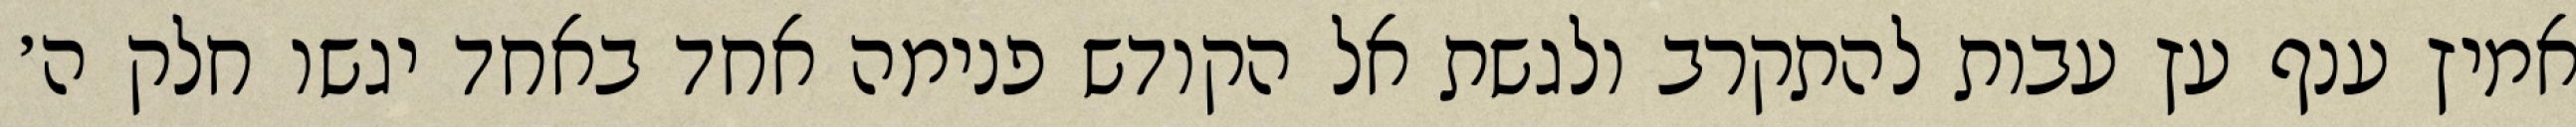
אמיץ ענף עץ עבות להתקרב ולגשת אל הקודש פנימה אחד באחד יגשו חלק ה׳